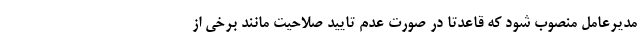
مدیرعامل منصوب شود که قاعدتا در صورت عدم تایید صلاحیت مانند برخی از